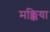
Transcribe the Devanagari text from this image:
मक्किया